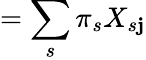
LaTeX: =\sum_{s}\pi_{s}X_{s\mathbf{j}}